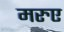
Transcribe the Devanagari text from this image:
मरुए